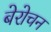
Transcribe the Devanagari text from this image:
बेरोचन